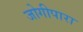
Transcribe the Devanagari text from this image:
जोगीपारा